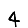
Digit: 4